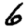
Digit: 6